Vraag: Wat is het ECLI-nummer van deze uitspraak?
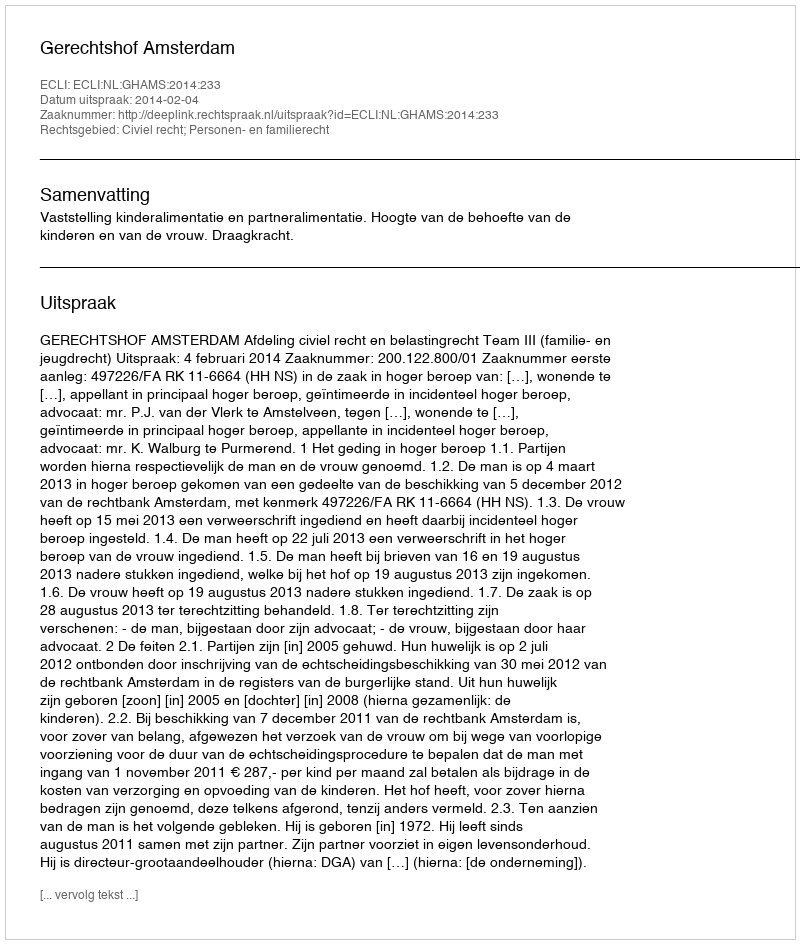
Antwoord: ECLI:NL:GHAMS:2014:233